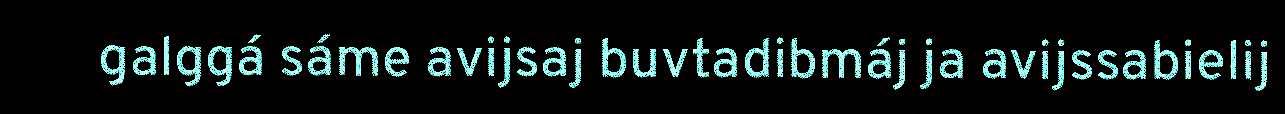
galggá sáme avijsaj buvtadibmáj ja avijssabielij